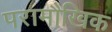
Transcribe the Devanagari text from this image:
परामौखिक